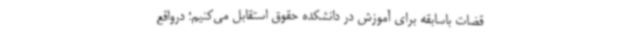
قضات‌ باسابقه برای آموزش در دانشکده حقوق استقابل می‌کنیم؛ درواقع